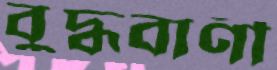
বুদ্ধবাণী